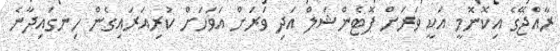
ރާއްޖޭގެ އިކޮނޮމީ އަކީ ވަރަށް ޕޮޓެންޝަލް އަދި ވަރަށް އަވަހަށް ކުރިއަރައިގެން ހިނގައިދާނެ